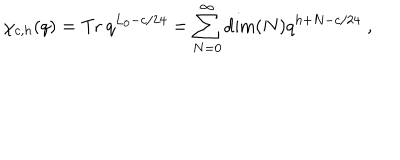
LaTeX: \chi _ { c , h } ( q ) = \textrm { T r } \: q ^ { L _ { 0 } - c / 2 4 } = \sum _ { N = 0 } ^ { \infty } \dim ( N ) q ^ { h + N - c / 2 4 } \; ,